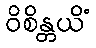
ဝိစိန္တယိံ